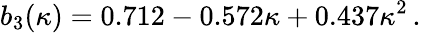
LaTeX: b_{3}(\kappa)=0.712-0.572\kappa+0.437\kappa^{2}\, .